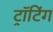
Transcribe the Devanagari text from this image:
ट्रॉटिंग